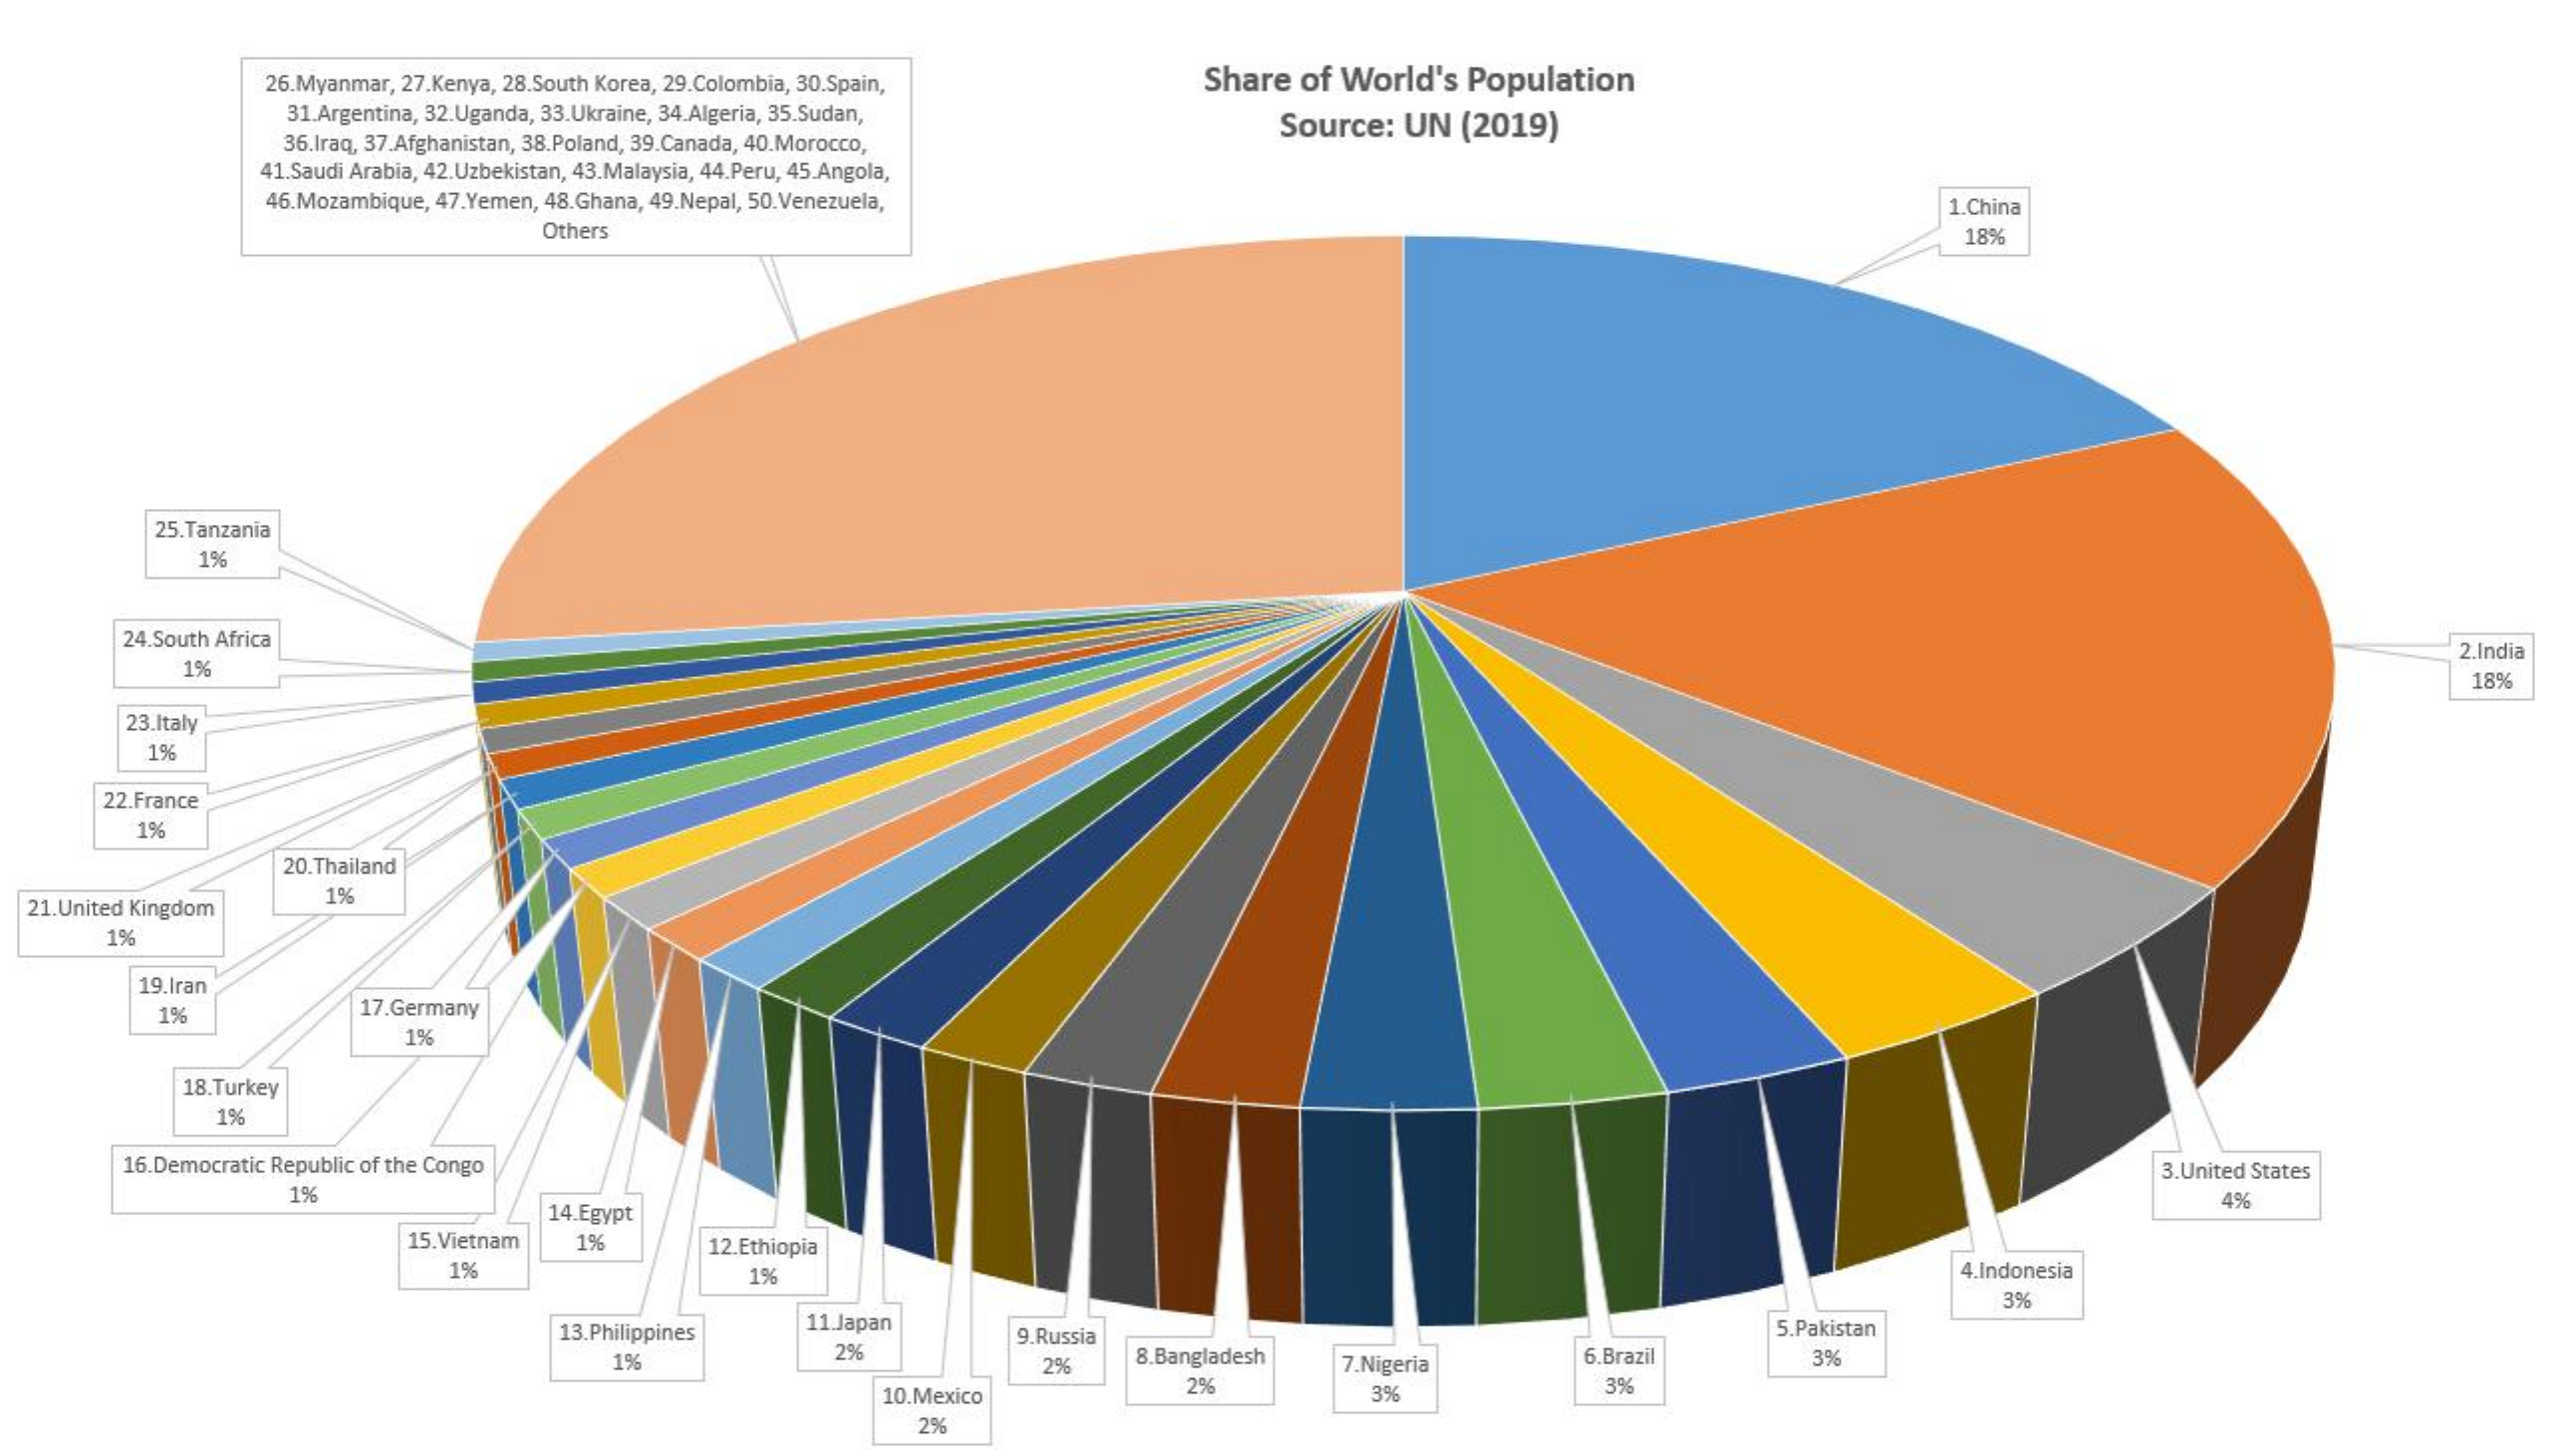
26.Myanmar, 27.Kenya, 28.South Korea, 29.Colombia, 30.Spain, Share of World's Population
     31.Argentina, 32.Uganda, 33.Ukraine, 34.Algeria, 35.Sudan,
     Source: UN (2019)
     36.Iraq, 37.Afghanistan, 38.Poland, 39.Canada, 40.Morocco,
     41.Saudi Arabia, 42.Uzbekistan, 43.Malaysia, 44.Peru, 45.Angola,
     46.Mozambique, 47.Yemen, 48.Ghana, 49,Nepal, 50.Venezuela,    1.China
     Others    18%
     25.Tanzania
     1%
     24.South Africa    2.India
     1%
     18%
     23.Italy
     1%
     22.France
     1%
     20.Thailand
  21.United Kingdom
     1%
     1%
     19.Iran
     1%    17.Germany
     1%
     18.Turkey
     1%
     16.Democratic Republic of the Congo    3.United States
     1%
     14.Egypt
     4%
     15.Vietnam    12.Ethiopia
     1%    1%    4.Indonesia
     3%
     13.Philippines 11.Japan
     9.Russia    5.Pakistan
     1%
     2%
     2%   8.Bangladesh 7.Nigeria    6.Brazil    3%
     10.Mexico
     2%    3%    3%
     2%